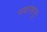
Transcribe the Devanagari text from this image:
नवरसपुर